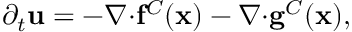
\partial _ { t } \mathbf { u } = - \boldsymbol { \nabla } { \cdot } \mathbf { f } ^ { C } ( \mathbf { x } ) - \boldsymbol { \nabla } { \cdot } \mathbf { g } ^ { C } ( \mathbf { x } ) ,